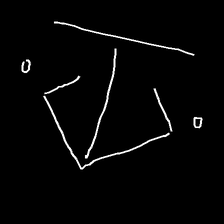
Glyph: earth